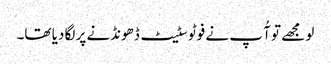
لو مجھے تو آُ پ نے فوٹو سٹیٹ ڈھونڈنے پر لگا دیا تھا۔